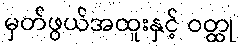
မှတ်ဖွယ်အထူးနှင့် ဝတ္ထု